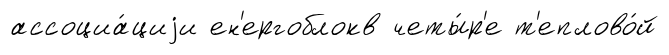
ассоциа́циjи ен'ергоблокв четы́р'е т'еплово́й